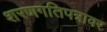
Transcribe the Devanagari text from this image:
शरणगतिपत्रावर